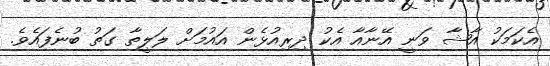
އެކަމަކު އާޝާ ވަނީ އޭނާއާ އެކު ދިރިއުޅެން އައުމަށް ލަލީތާ ގަތު ބުނެފައެވެ.